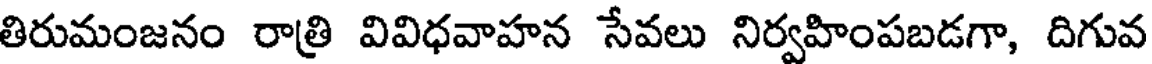
తిరుమంజనం రాత్రి వివిధవాహన సేవలు నిర్వహింపబడగా, దిగువ